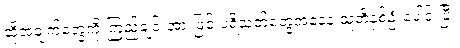
ထိုအချက်တွေကို ကြည့်ချင်းအားဖြင့် ပရိသတ်တွေအနေနဲ့ သူတို့နှစ်ဦးပေါင်းပြီး